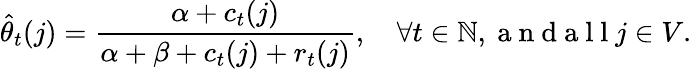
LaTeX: \widehat{\theta}_{t}(j)=\frac{\alpha+c_{t}(j)}{\alpha+\beta+c_{t}(j)+r_{t}(j)},\quad\forall t\in\mathbb{N},\mathrm{~a~n~d~a~l~l~}j\in V.